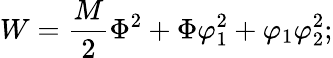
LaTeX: W=\frac{M}{2}\Phi^{2}+\Phi\varphi_{1}^{2}+\varphi_{1}\varphi_{2}^{2};